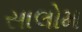
સાલોમ